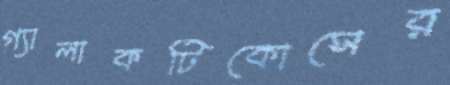
গ্যালাকটিকোসের